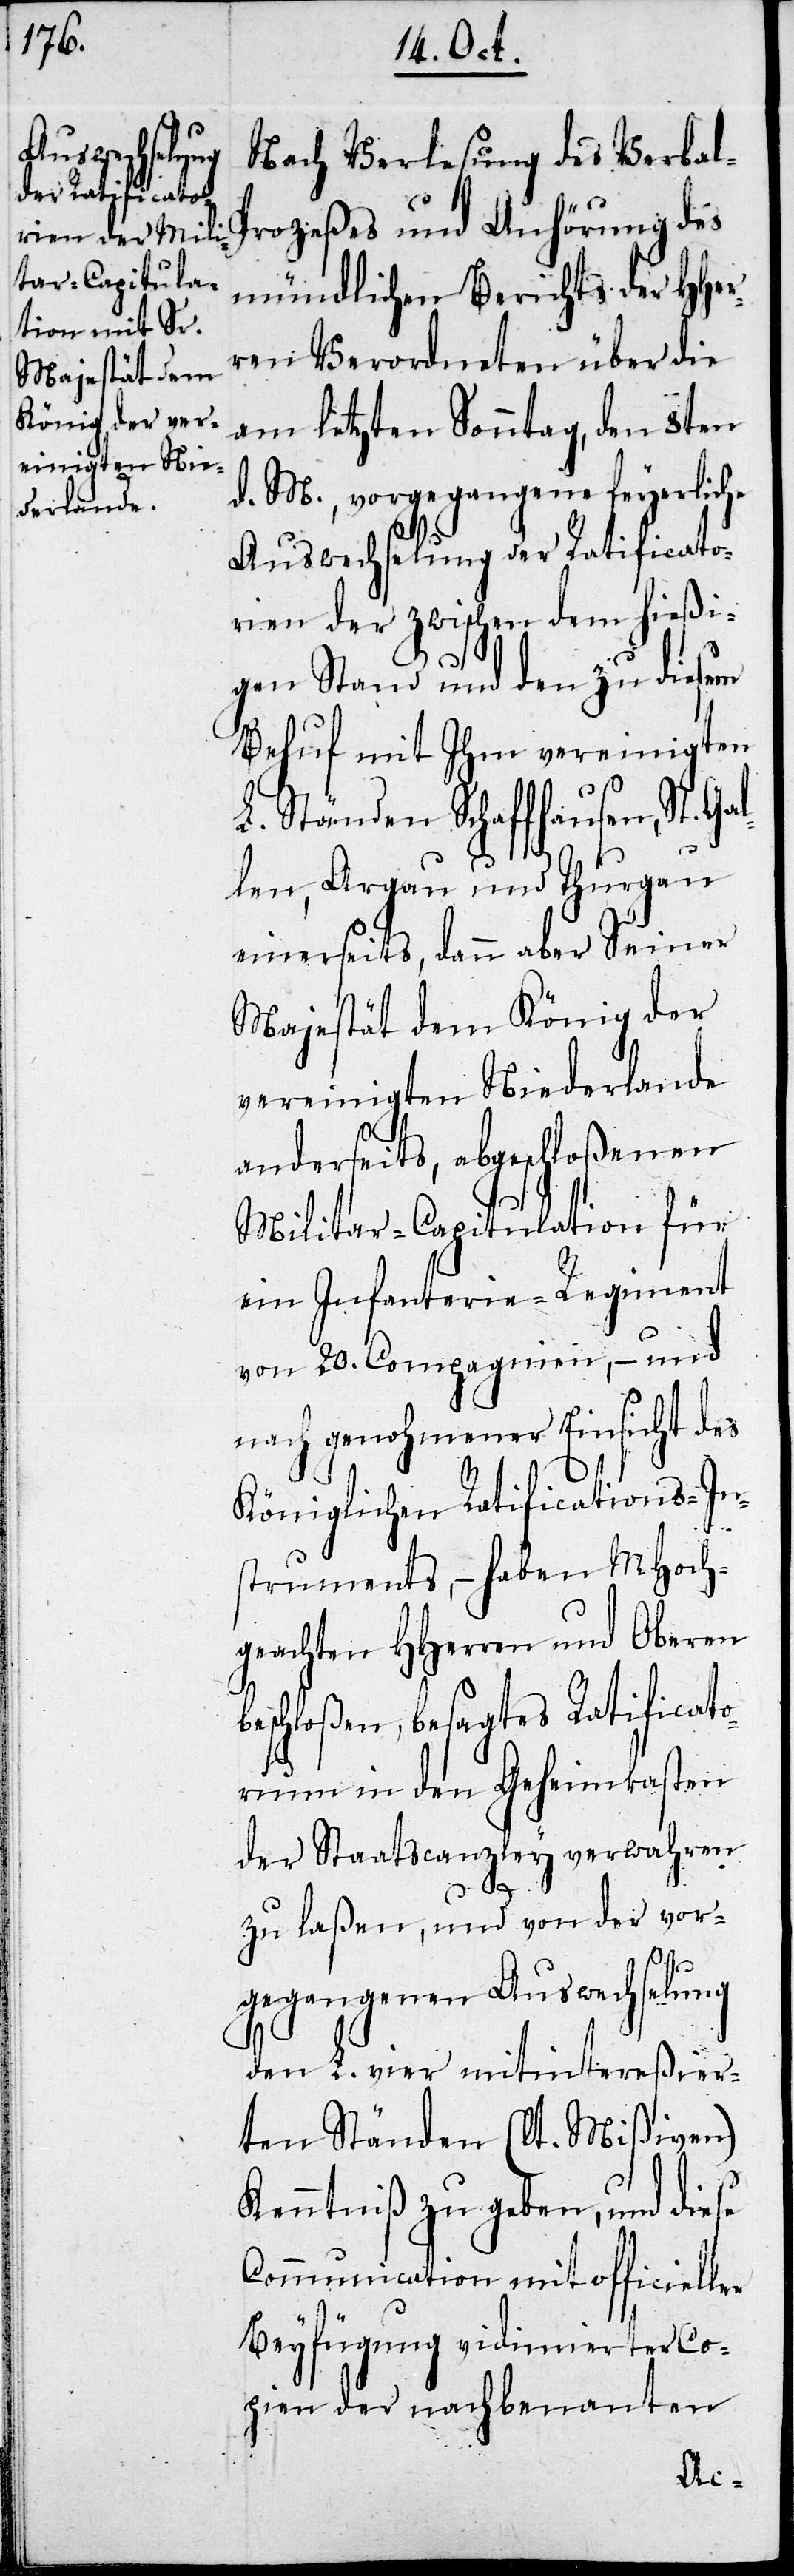
Nach Verlesung des Verbal¬
proceßes und Anhörung des
mündlichen Berichts der HHer¬
ren Verordneten über die
am letzten Sonntag, den 8ten
d. M., vorgegangene feyerliche
Auswechselung der Ratificato¬
rien, der zwischen dem hießi¬
gen Stand und den zu diesem
Behuf mit Ihm vereinigten
L. Ständen Schaffhausen, St.
len, Argau und Thurgau
einerseits, dann aber Seiner
Majestät dem König der
vereinigten Niederlande
anderseits, abgeschloßenen
Militar-Capitulation für
ein Infanterie-Regiment
von 20. Compagnien, – und
nach genohmener Einsicht des
Königlichen Ratifications-In¬
struments, – haben MHoch¬
geachten HHerren und Oberen
eschloßen, besagtes Ratificato¬
rium in den Geheimkasten
der Staatscanzley verwahren
zu laßen, und von der vor¬
gegangenen Auswechselung
den L. vier mitintereßier¬
ten Ständen (lt. Mißiven)
Kenntniß zu geben, und diese
Communication mit officieller
Beyfügung vidimierter Co¬
pie der nachbenannten
b¬